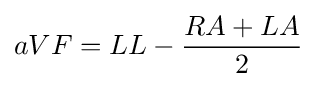
aVF=LL-{\frac {RA+LA}{2}}